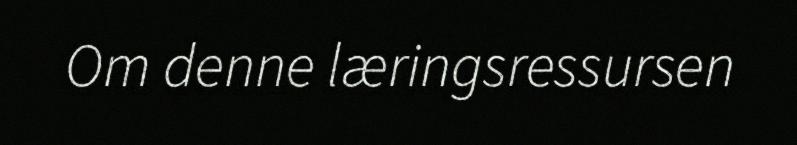
Om denne læringsressursen